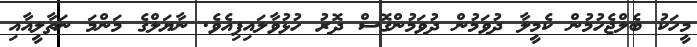
މީހަކު ބެލްޖެހުމުން ކެމީލާ ދުވަމުން ދުވަމުންގޮސް ދޮރު ހުޅުވާލައިފިއެވެ. ނާޔަލްގެ މަންމަ ނަތާލީއާއި